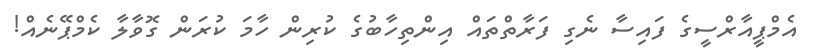
އެމްޕީއާރްސީގެ ފައިސާ ނެގި ފަރާތްތައް އިންތިހާބުގެ ކުރިން ހާމަ ކުރަން ގޮވާލާ ކެމްޕޭނެއް!